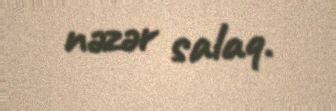
nəzər salaq.